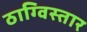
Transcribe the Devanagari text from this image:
ठाग्विस्तार